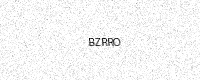
Text: BZRRO